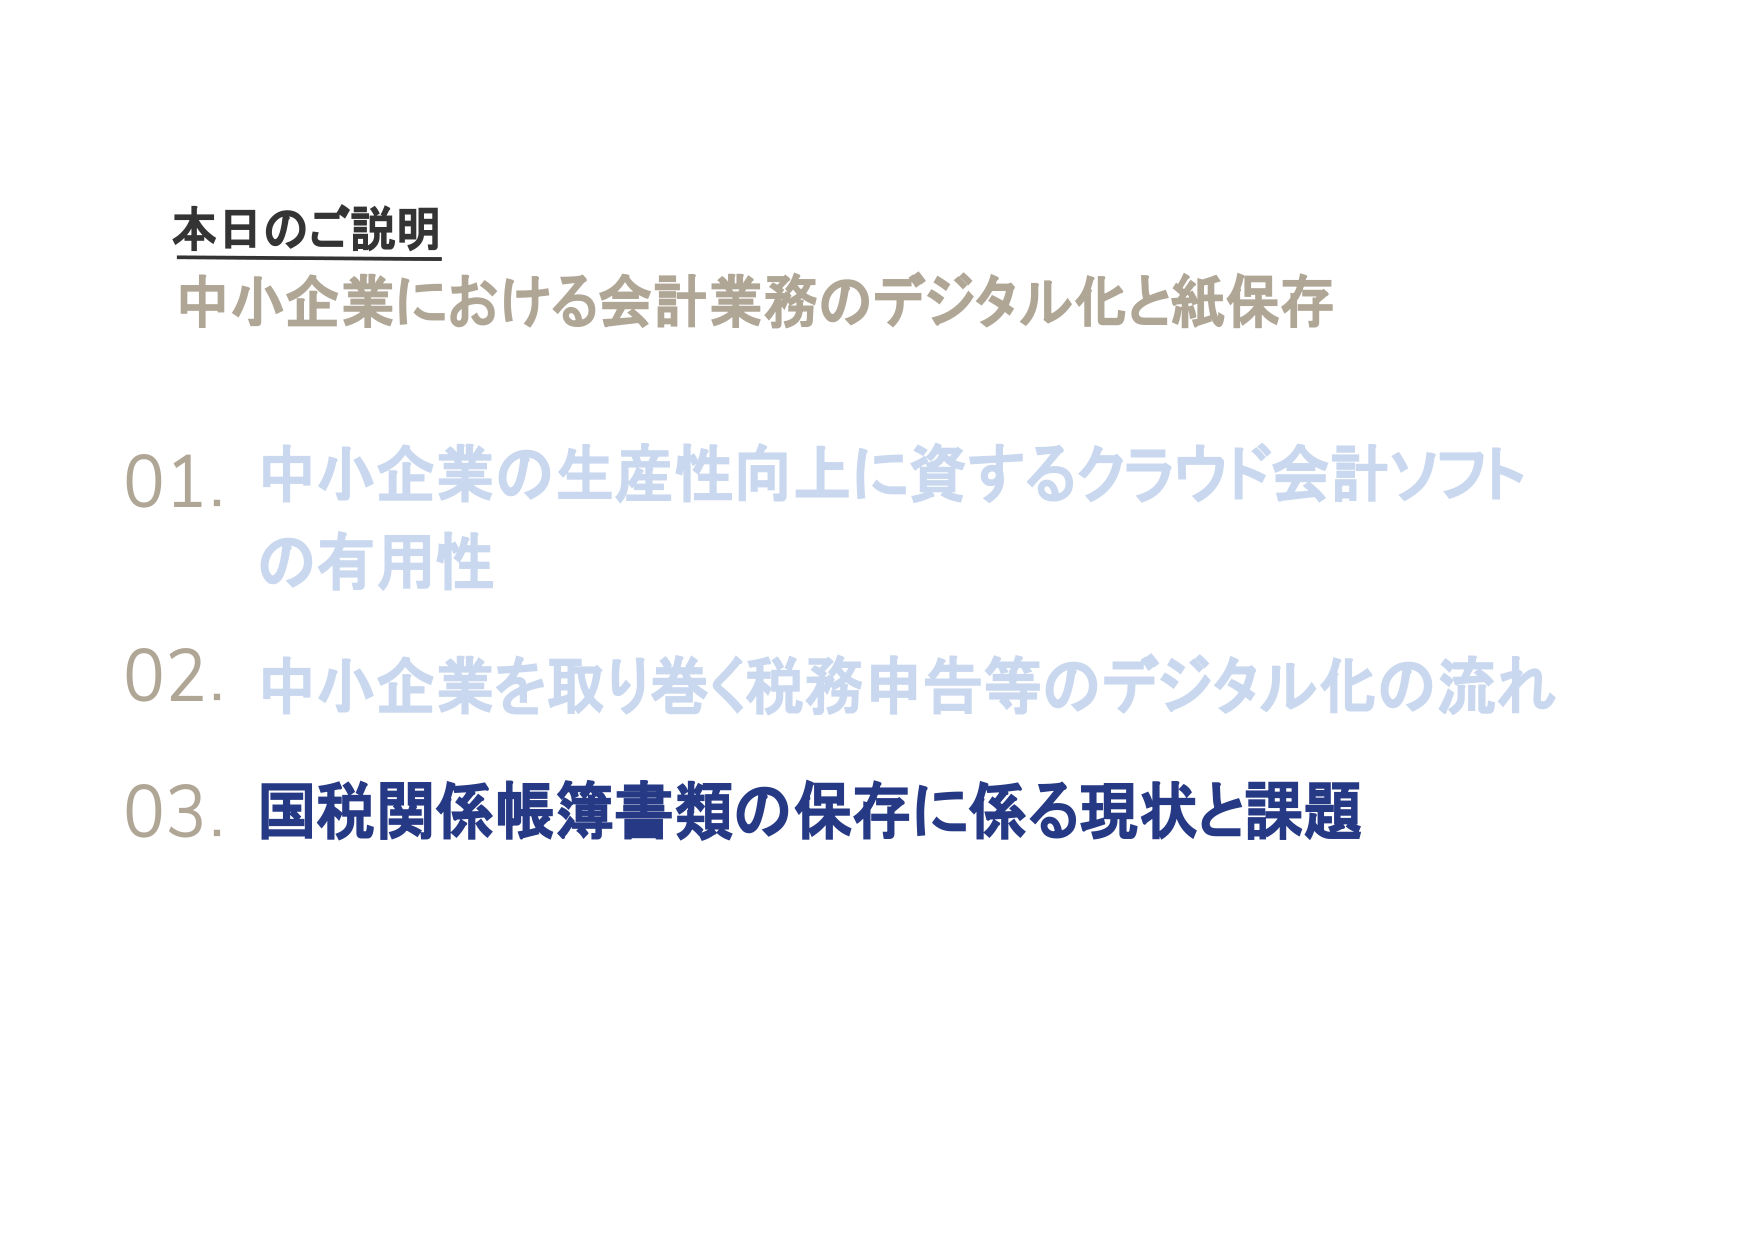
本日のご説明
中小企業における会計業務のデジタル化と紙保存

01. 中小企業の生産性向上に資するクラウド会計ソフトの有用性
02. 中小企業を取り巻く税務申告等のデジタル化の流れ
03. 国税関係帳簿書類の保存に係る現状と課題